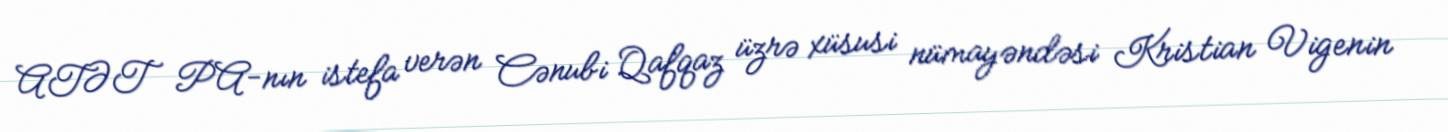
ATƏT PA-nın istefa verən Cənubi Qafqaz üzrə xüsusi nümayəndəsi Kristian Vigenin